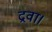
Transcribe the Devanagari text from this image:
द्रवा।